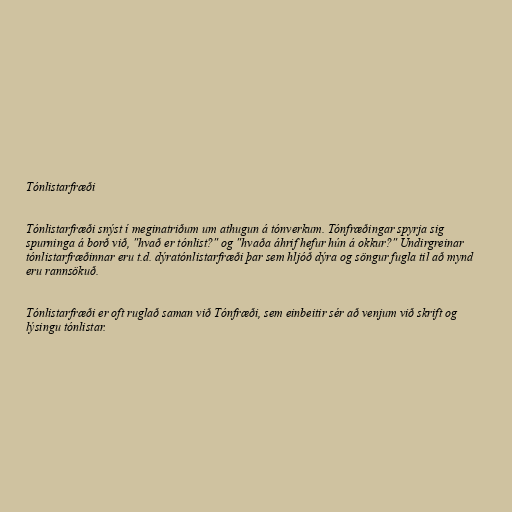
Tónlistarfræði

Tónlistarfræði snýst í meginatriðum um athugun á tónverkum. Tónfræðingar spyrja sig
spurninga á borð við, "hvað er tónlist?" og "hvaða áhrif hefur hún á okkur?" Undirgreinar
tónlistarfræðinnar eru t.d. dýratónlistarfræði þar sem hljóð dýra og söngur fugla til að mynd
eru rannsökuð.

Tónlistarfræði er oft ruglað saman við Tónfræði, sem einbeitir sér að venjum við skrift og
lýsingu tónlistar.